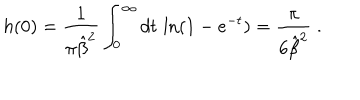
h ( 0 ) = { \frac { 1 } { \pi { \hat { \beta } } ^ { 2 } } } \int _ { 0 } ^ { \infty } d t \, \ln ( 1 - e ^ { - t } ) = \frac { \pi } { 6 { \hat { \beta } } ^ { 2 } } \; .